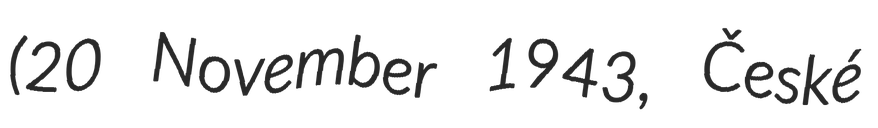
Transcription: (20 November 1943, České